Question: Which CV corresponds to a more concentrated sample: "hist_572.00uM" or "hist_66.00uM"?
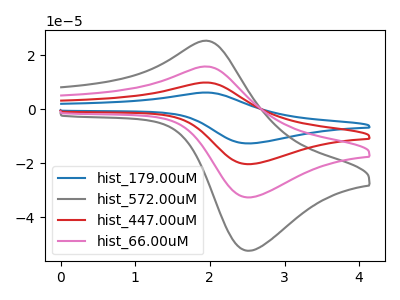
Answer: <think>The blue curve "hist_179.00uM" has an anodic peak at (1.95V, 47.30uA) and a cathodic peak at (2.50V, -98.00uA). The gray curve "hist_572.00uM" has an anodic peak at (1.95V, 25.30uA) and a cathodic peak at (2.50V, -52.40uA). The red curve "hist_447.00uM" has an anodic peak at (1.95V, 31.55uA) and a cathodic peak at (2.50V, -65.35uA). The pink curve "hist_66.00uM" has an anodic peak at (1.95V, 15.75uA) and a cathodic peak at (2.50V, -32.65uA).
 All the peaks in "hist_572.00uM" have a peak in "hist_66.00uM" at the same potential. Every peak in "hist_572.00uM" is higher than every peak in "hist_66.00uM".</think>
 <answer>"hist_572.00uM" has more signal than "hist_66.00uM" and so likely has a higher concentration.</answer>
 <eval>more_concentration</eval>